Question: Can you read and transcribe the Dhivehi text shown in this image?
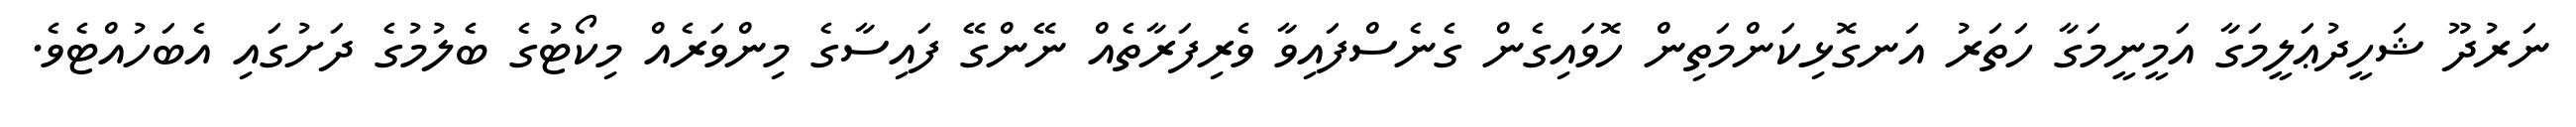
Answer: ނަރުދޫ ޝަހީދުޢަލީމަގާ އަމީނީމަގާ ހަތަރު އަނގޮޅިކަންމަތިން ހޮވައިގެން ގެނެސްފައިވާ ވެރިފަރާތެއް ނޭންގޭ ފައިސާގެ މިންވަރެއް މިކޯޓުގެ ބެލުމުގެ ދަށުގައި އެބަހުއްޓެވެ.